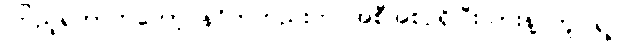
ကြည့်ရတာကတော့ နဂိုကတည်းက အစီအစဉ်ရှိပြီးသားနဲ့ တူပါရဲ့။